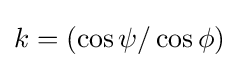
k=(\cos \psi /\cos \phi )